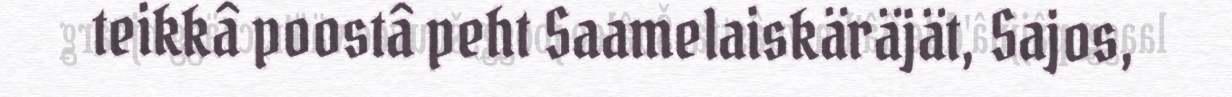
teikkâ poostâ peht Saamelaiskäräjät, Sajos,